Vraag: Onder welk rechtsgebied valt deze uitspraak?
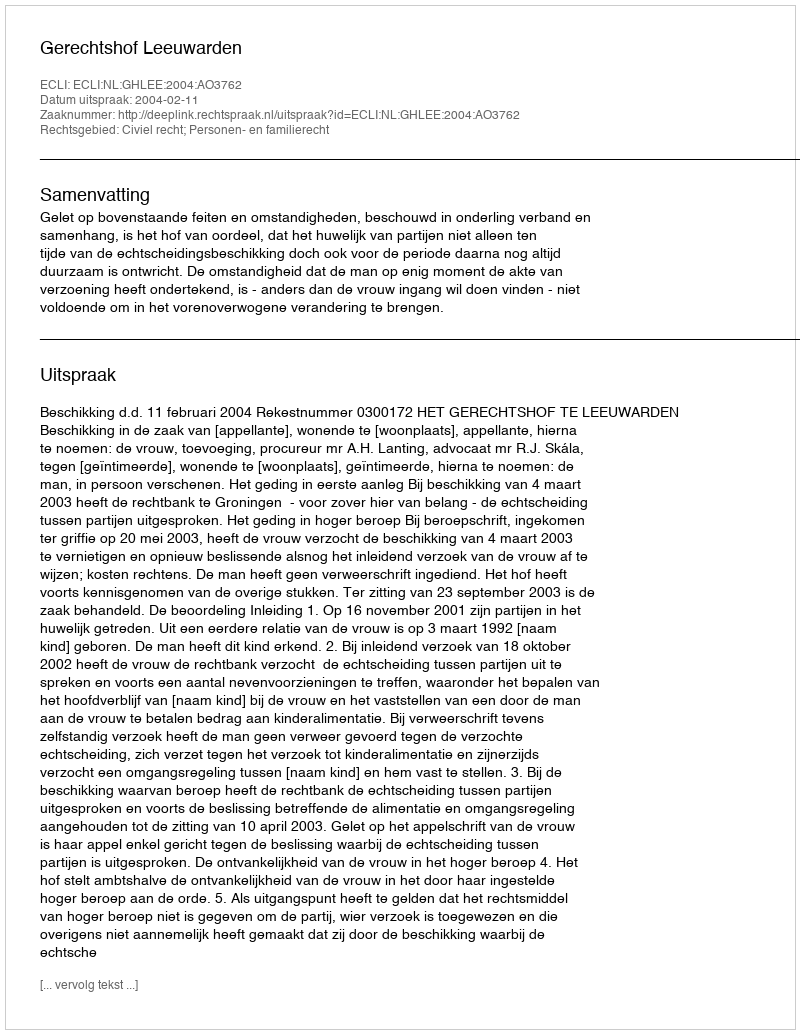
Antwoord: Civiel recht; Personen- en familierecht